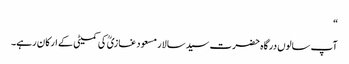
“
آپ سالوں درگاہ حضرت سید سالار مسعود غازیؒ کی کمیٹی کے ارکان رہے۔